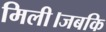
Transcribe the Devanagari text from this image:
मिली।जबकि